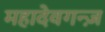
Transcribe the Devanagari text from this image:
महादेवगन्ज़